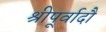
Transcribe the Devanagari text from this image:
श्रीपूर्वादौ